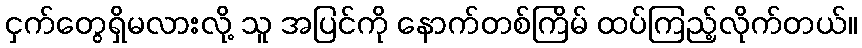
ငှက်တွေရှိမလားလို့ သူ အပြင်ကို နောက်တစ်ကြိမ် ထပ်ကြည့်လိုက်တယ်။